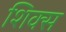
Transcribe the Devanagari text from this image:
शिक्स